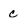
Character: c